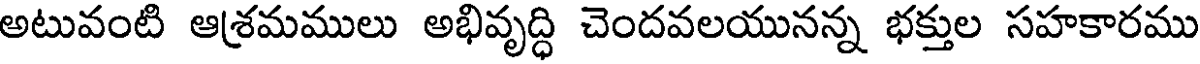
అటువంటి ఆశమములు అభివృద్ధి చెందవలయునన్న భక్తుల సహకారము